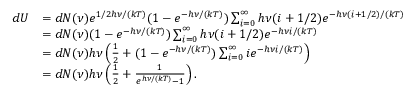
{ \begin{array} { r l } { d U } & { = d N ( \nu ) e ^ { 1 / 2 h \nu / ( k T ) } ( 1 - e ^ { - h \nu / ( k T ) } ) \sum _ { i = 0 } ^ { \infty } h \nu ( i + 1 / 2 ) e ^ { - h \nu ( i + 1 / 2 ) / ( k T ) } } \\ & { = d N ( \nu ) ( 1 - e ^ { - h \nu / ( k T ) } ) \sum _ { i = 0 } ^ { \infty } h \nu ( i + 1 / 2 ) e ^ { - h \nu i / ( k T ) } } \\ & { = d N ( \nu ) h \nu \left( { \frac { 1 } { 2 } } + ( 1 - e ^ { - h \nu / ( k T ) } ) \sum _ { i = 0 } ^ { \infty } i e ^ { - h \nu i / ( k T ) } \right) } \\ & { = d N ( \nu ) h \nu \left( { \frac { 1 } { 2 } } + { \frac { 1 } { e ^ { h \nu / ( k T ) } - 1 } } \right) . } \end{array} }